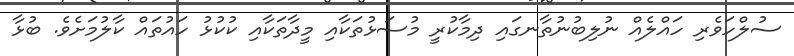
ސުލްހަވެރި ހައްލެއް ނުލިބުނުތާނގައި ދިމާކުރީ މުސަޅުތަކާއި މީދާތަކާއި ކުކުޅު ހައުތައް ކާލުމަށެވެ. ބުޅާ